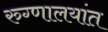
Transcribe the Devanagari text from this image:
रुग्णालयांत